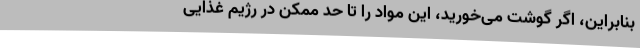
بنابراین، اگر گوشت می‌خورید، این مواد را تا حد ممکن در رژیم غذایی